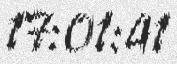
17:01:41